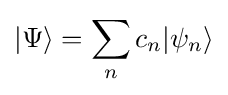
|\Psi \rangle =\sum _{n}c_{n}|\psi _{n}\rangle